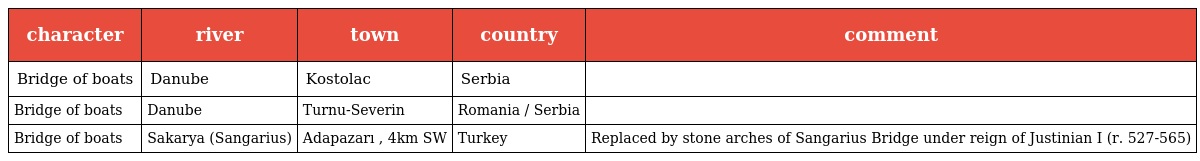
| character | river | town | country | comment |
 | --- | --- | --- | --- | --- |
 | Bridge of boats | Danube | Kostolac | Serbia |  |
 | Bridge of boats | Danube | Turnu-Severin | Romania / Serbia |  |
 | Bridge of boats | Sakarya (Sangarius) | Adapazarı , 4km SW | Turkey | Replaced by stone arches of Sangarius Bridge under reign of Justinian I (r. 527-565) |